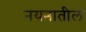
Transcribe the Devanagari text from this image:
नयनातील